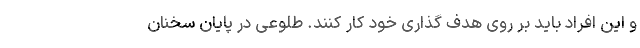
و این افراد باید بر روی هدف گذاری خود کار کنند. طلوعی در پایان سخنان